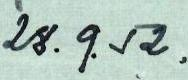
28. 9.52.